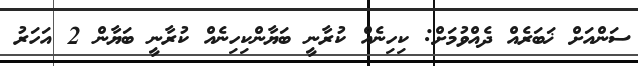
ސަންއަށް ޚަބަރެއް ދެއްވުމަށް: ކިހިނެއް ކުރާނީ ބަޔާންކިހިނެއް ކުރާނީ ބަޔާން 2 އަހަރު